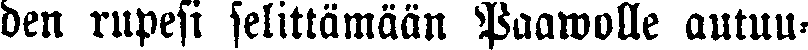
den rupesi selittämään Paawolle autuu-